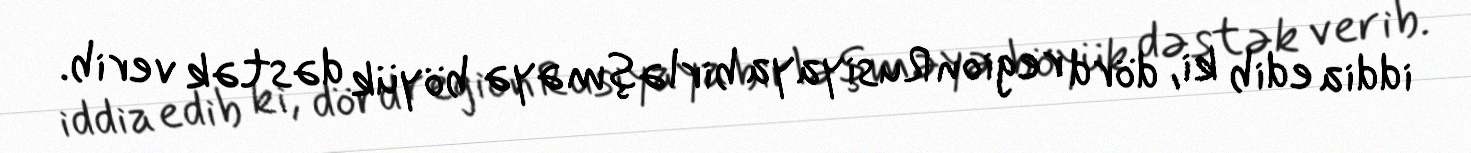
iddia edib ki, dörd region Rusiyaya birləşməyə böyük dəstək verib.